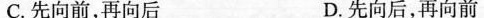
C.先向前，再向后 D.先向后，再向前